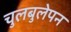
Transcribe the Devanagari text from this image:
चुलबुलेपन